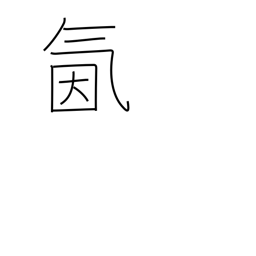
Meaning: spirited